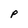
Character: P